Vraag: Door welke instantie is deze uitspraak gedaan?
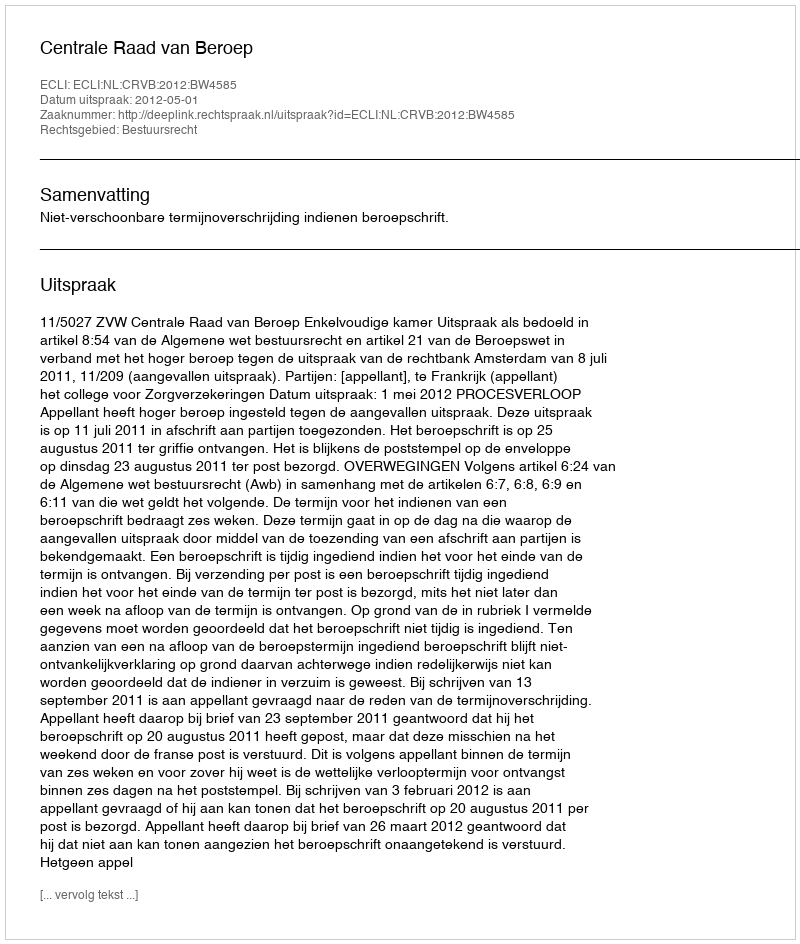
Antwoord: Centrale Raad van Beroep